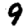
Digit: 9